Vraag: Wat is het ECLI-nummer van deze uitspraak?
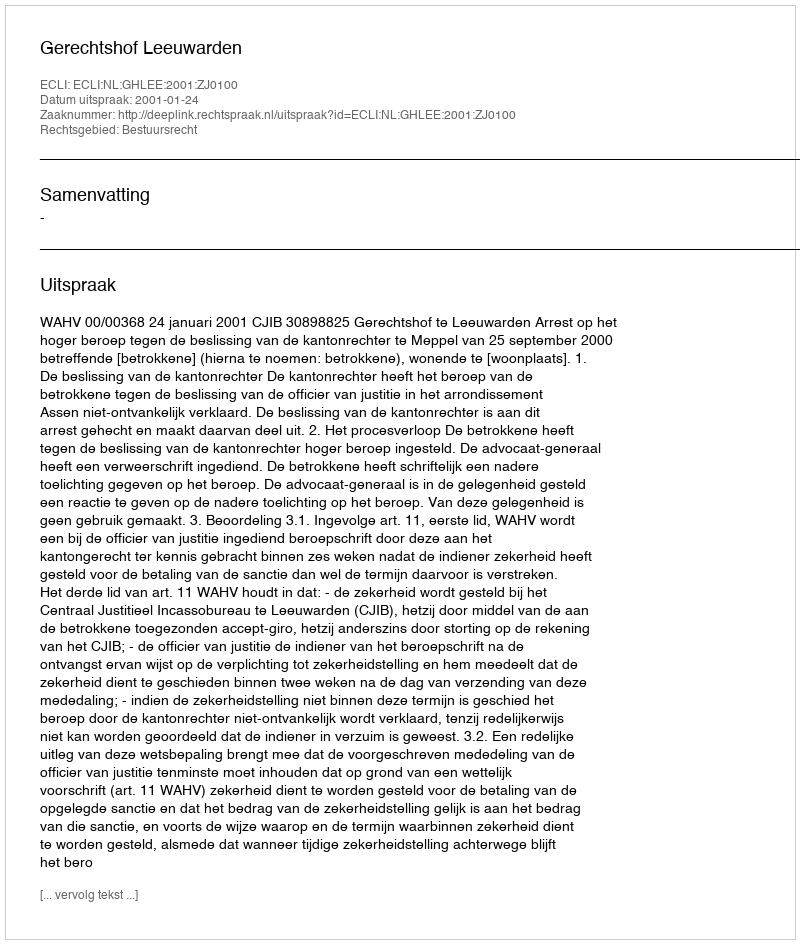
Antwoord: ECLI:NL:GHLEE:2001:ZJ0100